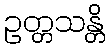
ဥတ္တသန္တိ